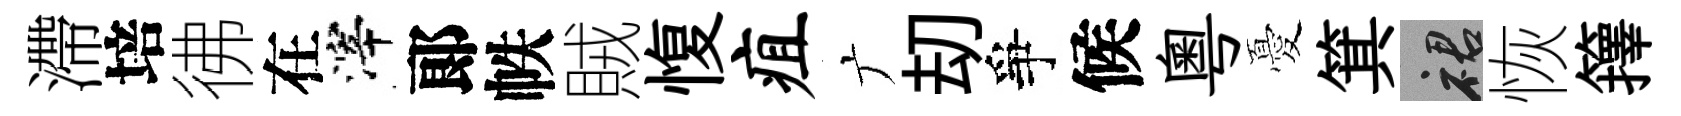
滯培彿在滓郞帙賊愎疽广刧爭候粵憂箕裙恢籜